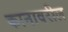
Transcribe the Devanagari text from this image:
कानावरील